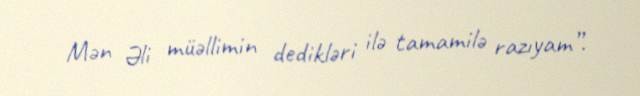
Mən Əli müəllimin dedikləri ilə tamamilə razıyam”.